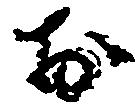
お